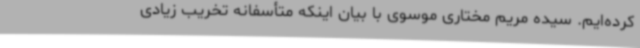
کرده‌ایم. سیده مریم مختاری موسوی با بیان اینکه متأسفانه تخریب زیادی